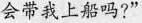
会带我上船吗?'